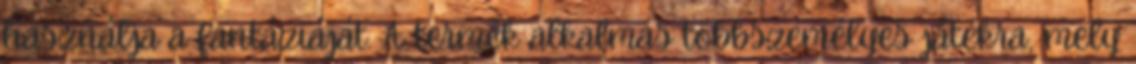
használja a fantáziáját. A termék alkalmas többszemélyes játékra, mely